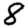
Digit: 8